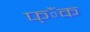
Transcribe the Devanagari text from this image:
फ्ैंक